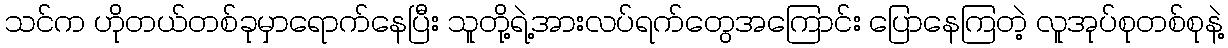
သင်က ဟိုတယ်တစ်ခုမှာရောက်နေပြီး သူတို့ရဲ့အားလပ်ရက်တွေအကြောင်း ပြောနေကြတဲ့ လူအုပ်စုတစ်စုနဲ့